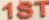
1ST